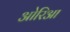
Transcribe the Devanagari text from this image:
ओरिआ